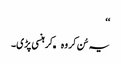
‘‘
یہ سُن کر وہ کھکھلا کر ہنسی پڑی۔